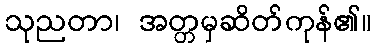
သုညတာ၊ အတ္တမှဆိတ်ကုန်၏။